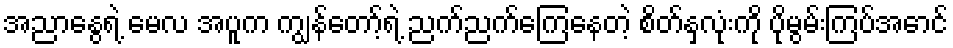
အညာနွေရဲ့ မေလ အပူက ကျွန်တော့်ရဲ့ ညက်ညက်ကြေနေတဲ့ စိတ်နှလုံးကို ပိုမွမ်းကြပ်အောင်